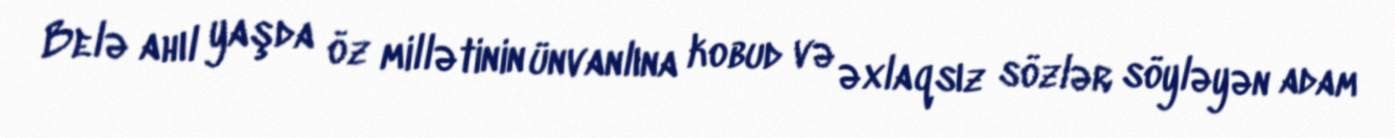
Belə ahıl yaşda öz millətinin ünvanlına kobud və əxlaqsız sözlər söyləyən adam